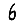
Digit: 6